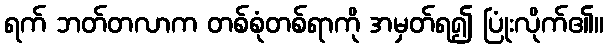
ရက် ဘတ်တလာက တစ်စုံတစ်ရာကို အမှတ်ရ၍ ပြုံးလိုက်၏။